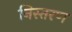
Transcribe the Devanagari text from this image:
निस्तरण